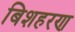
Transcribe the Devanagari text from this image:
बिशहरण